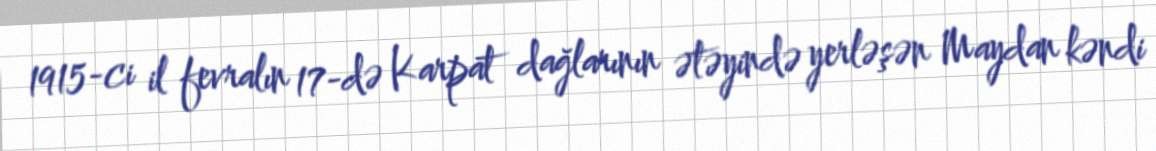
1915-ci il fevralın 17-də Karpat dağlarının ətəyində yerləşən Maydan kəndi